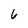
Character: 6